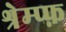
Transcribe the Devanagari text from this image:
श्रेम्प्फ़